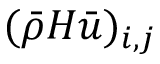
( \bar { \rho } H \bar { u } ) _ { i , j }